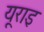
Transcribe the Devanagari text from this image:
यूराइ